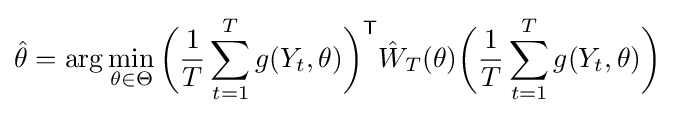
{\hat {\theta }}=\operatorname {arg} \min _{\theta \in \Theta }{\bigg (}{\frac {1}{T}}\sum _{t=1}^{T}g(Y_{t},\theta ){\bigg )}^{\mathsf {T}}{\hat {W}}_{T}(\theta ){\bigg (}{\frac {1}{T}}\sum _{t=1}^{T}g(Y_{t},\theta ){\bigg )}